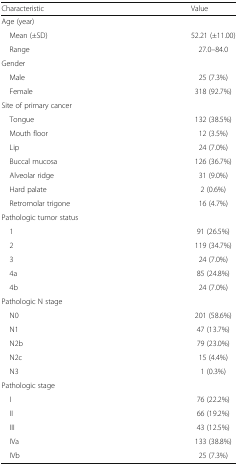
<table><thead><tr><td><b>Characteristic</b></td><td><b>Value</b></td></tr></thead><tbody><tr><td colspan="2">Age (year)</td></tr><tr><td> Mean (±SD)</td><td>52.21 (±11.00)</td></tr><tr><td> Range</td><td>27.0–84.0</td></tr><tr><td colspan="2">Gender</td></tr><tr><td> Male</td><td>25 (7.3%)</td></tr><tr><td> Female</td><td>318 (92.7%)</td></tr><tr><td colspan="2">Site of primary cancer</td></tr><tr><td> Tongue</td><td>132 (38.5%)</td></tr><tr><td> Mouth floor</td><td>12 (3.5%)</td></tr><tr><td> Lip</td><td>24 (7.0%)</td></tr><tr><td> Buccal mucosa</td><td>126 (36.7%)</td></tr><tr><td> Alveolar ridge</td><td>31 (9.0%)</td></tr><tr><td> Hard palate</td><td>2 (0.6%)</td></tr><tr><td> Retromolar trigone</td><td>16 (4.7%)</td></tr><tr><td colspan="2">Pathologic tumor status</td></tr><tr><td> 1</td><td>91 (26.5%)</td></tr><tr><td> 2</td><td>119 (34.7%)</td></tr><tr><td> 3</td><td>24 (7.0%)</td></tr><tr><td> 4a</td><td>85 (24.8%)</td></tr><tr><td> 4b</td><td>24 (7.0%)</td></tr><tr><td colspan="2">Pathologic N stage</td></tr><tr><td> N0</td><td>201 (58.6%)</td></tr><tr><td> N1</td><td>47 (13.7%)</td></tr><tr><td> N2b</td><td>79 (23.0%)</td></tr><tr><td> N2c</td><td>15 (4.4%)</td></tr><tr><td> N3</td><td>1 (0.3%)</td></tr><tr><td colspan="2">Pathologic stage</td></tr><tr><td> I</td><td>76 (22.2%)</td></tr><tr><td> II</td><td>66 (19.2%)</td></tr><tr><td> III</td><td>43 (12.5%)</td></tr><tr><td> IVa</td><td>133 (38.8%)</td></tr><tr><td> IVb</td><td>25 (7.3%)</td></tr></tbody></table>